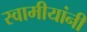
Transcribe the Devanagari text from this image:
स्वामीयांनी